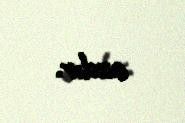
azdır.